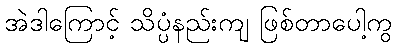
အဲဒါကြောင့် သိပ္ပံနည်းကျ ဖြစ်တာပေါ့ကွ